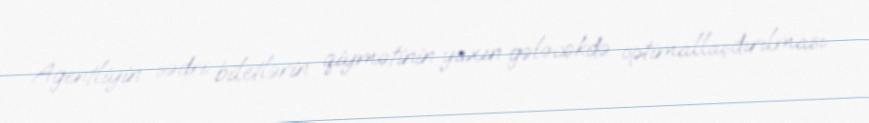
Agentliyin sədri biletlərin qiymətinin yaxın gələcəkdə optimallaşdırılması